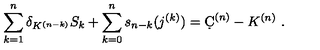
\sum _ { k = 1 } ^ { n } \delta _ { K ^ { ( n - k ) } } S _ { k } + \sum _ { k = 0 } ^ { n } s _ { n - k } ( j ^ { ( k ) } ) = \d C ^ { ( n ) } - K ^ { ( n ) } \ .